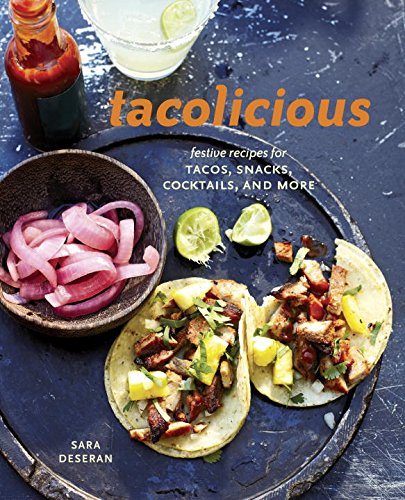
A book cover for Tacolicious: Festive Recipes for Tacos, Snacks, Cocktails, and More; Sara Deseran; Cookbooks, Food & Wine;